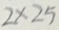
2 \times 2 5